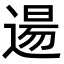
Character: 逿